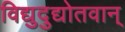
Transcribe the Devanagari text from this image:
विद्युदुद्योतवान्